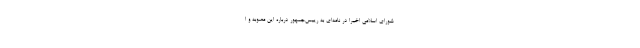
شورای اسلامی اخیراً در نامه‌ای به رییس‌جمهور درباره این مصوبه و ا